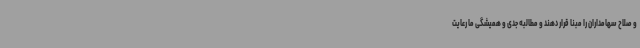
و صلاح سهامداران را مبنا قرار دهند و مطالبه جدی و همیشگی ما رعایت